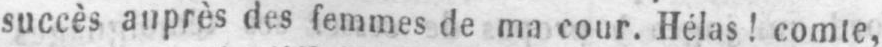
succès auprès des femmes de ma cour. Hélas! comte,